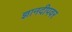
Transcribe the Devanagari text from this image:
ज्ञानदीपवर